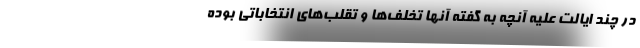
در چند ایالت علیه آنچه به گفته آنها تخلف‌ها و تقلب‌های انتخاباتی بوده